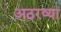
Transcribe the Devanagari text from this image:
अठरव्या